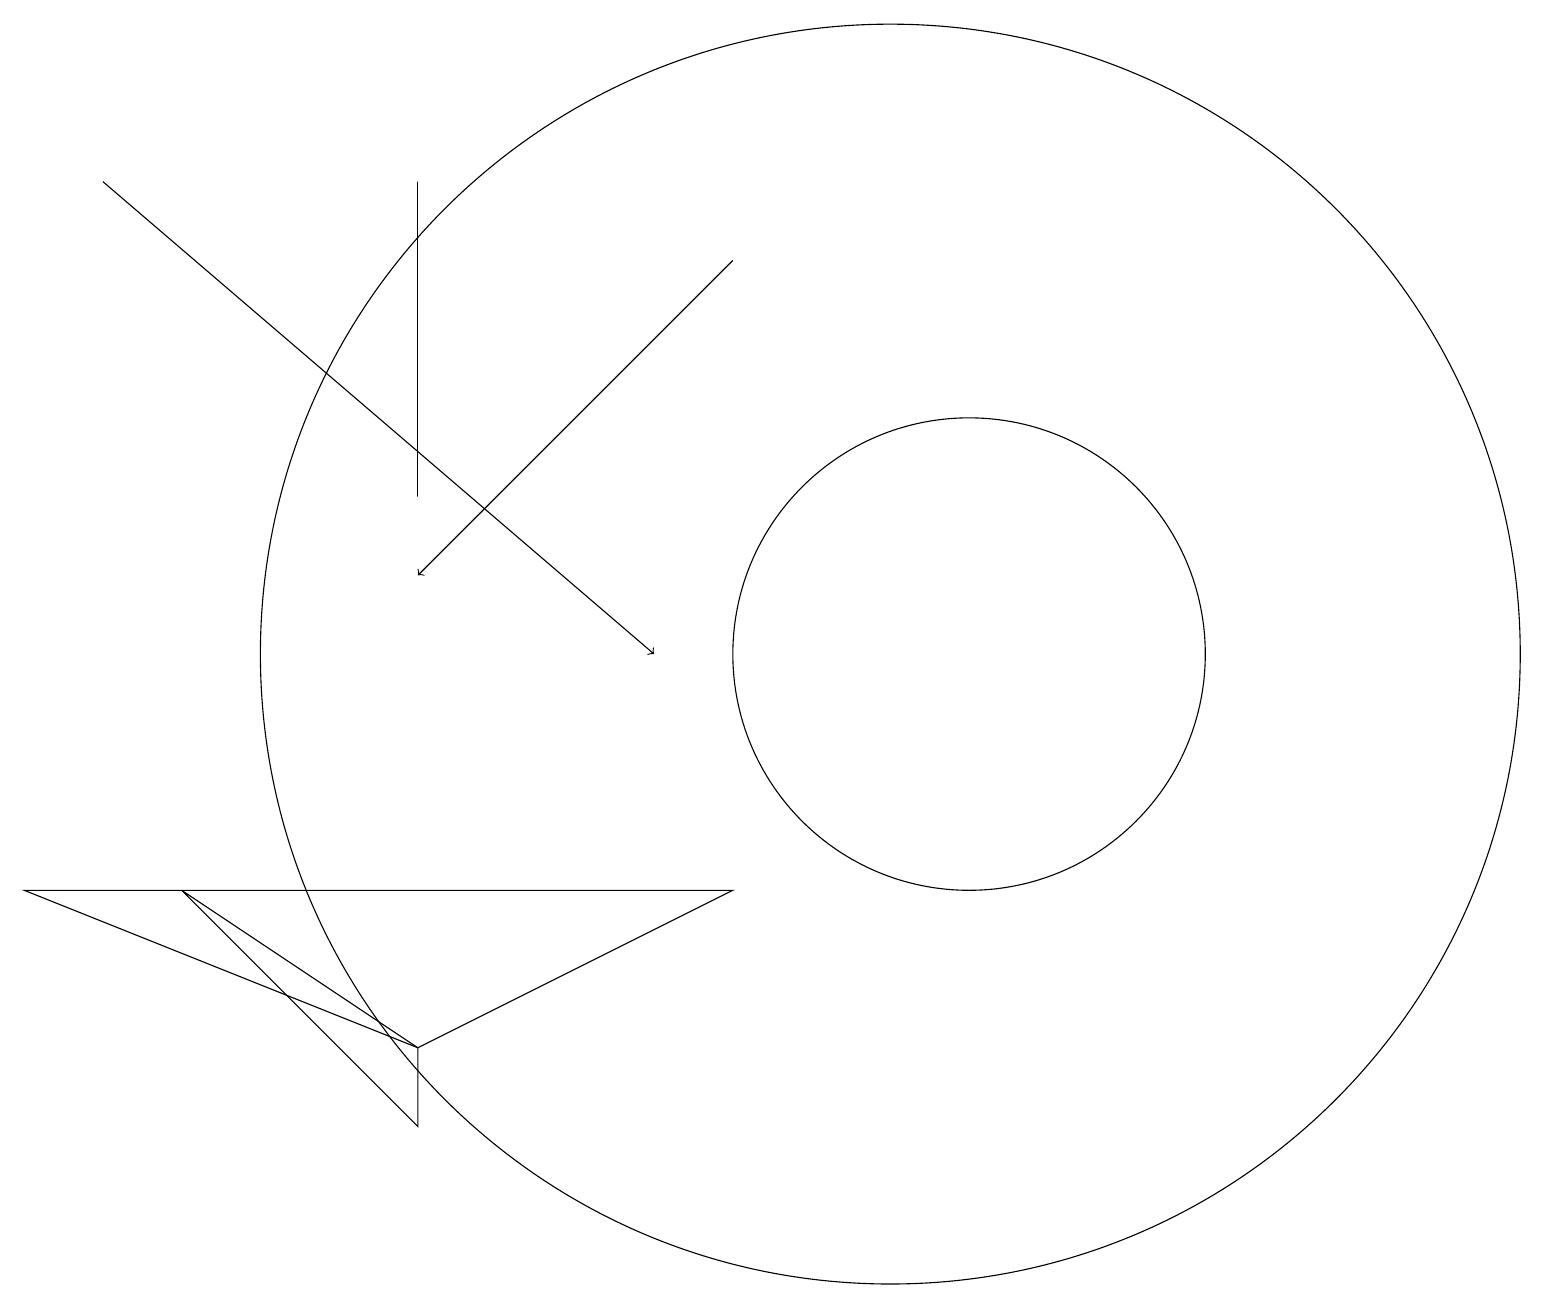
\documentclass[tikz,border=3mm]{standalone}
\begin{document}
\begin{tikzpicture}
\draw (5,6) -- (2,9) -- (5,7) -- cycle;
\draw (9,9) -- (0,9) -- (5,7) -- cycle;
\draw (12,12) circle (3);
\draw (11,12) circle (8);
\draw (5,14) rectangle (5,18);
\draw[->] (9,17) -- (5,13);
\draw (10,10) circle (0);
\draw[->] (1,18) -- (8,12);
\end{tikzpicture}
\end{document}